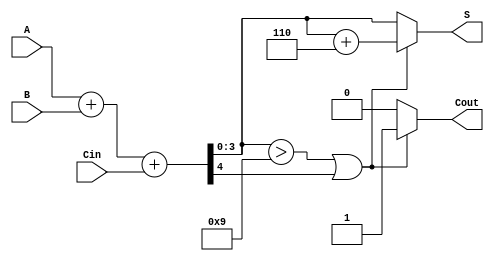
module BCD_Conditional_Adder (
    input [3:0] A,      // First BCD digit
    input [3:0] B,      // Second BCD digit
    input Cin,          // Carry input
    output reg [3:0] S, // BCD Sum output
    output reg Cout     // Carry output
);

    wire [4:0] Sum;     // 5-bit intermediate sum
    wire Adj;           // Adjustment signal

    // Calculate the intermediate sum
    assign Sum = A + B + Cin;

    // Determine if adjustment is needed
    assign Adj = (Sum[3:0] > 9) || Sum[4];

    always @(*) begin
        if (Adj) begin
            // If adjustment is needed, add 6 (0110)
            S = Sum[3:0] + 4'b0110;
            Cout = 1; // Set carry out
        end else begin
            // No adjustment needed
            S = Sum[3:0];
            Cout = 0; // No carry out
        end
    end

endmodule